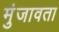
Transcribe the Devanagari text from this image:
मुंजावता